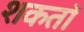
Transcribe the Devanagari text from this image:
शकतॉ